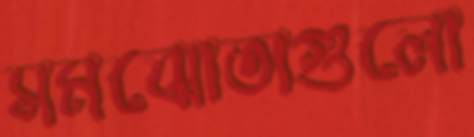
সমঝোতাগুলো